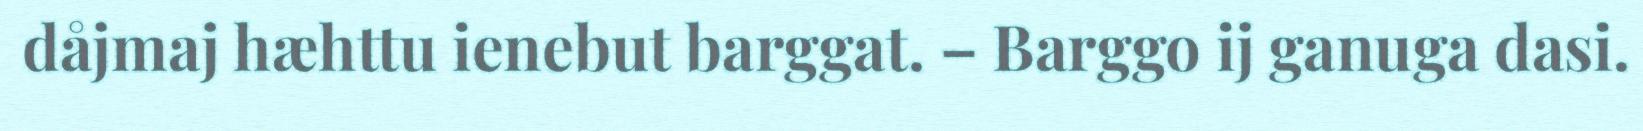
dåjmaj hæhttu ienebut barggat. – Barggo ij ganuga dasi.